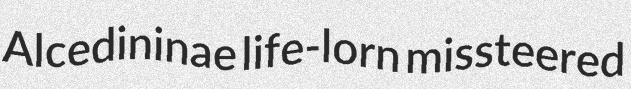
Alcedininae life-lorn missteered